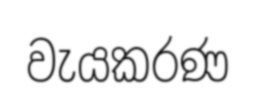
වැයකරණ